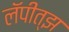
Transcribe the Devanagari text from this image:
लॅपीत्झ